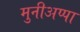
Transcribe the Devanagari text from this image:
मुनीअप्पा